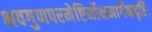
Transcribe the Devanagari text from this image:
भवगुणपरमेष्टिर्मोक्षमार्गैकदृष्टिः